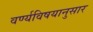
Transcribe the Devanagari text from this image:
वर्ण्यविषयानुसार